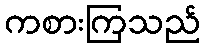
ကစားကြသည်